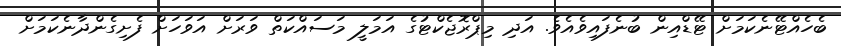
ބެހެއްޓޭނެކަމަށް ޓޭޑްއިން ބުނެފައިވެއެވެ. އަދި މިޕްރޮޖެކްޓުގެ އަމަލީ މަސައްކަތް ވަރަށް އަވަހަށް ފެށިގެންދާނެކަމަށް